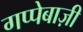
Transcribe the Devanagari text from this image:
गप्पेबाज़ी